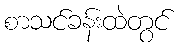
စာသင်ခန်းထဲတွင်